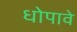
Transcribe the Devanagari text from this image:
धोपावे